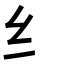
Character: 纟